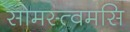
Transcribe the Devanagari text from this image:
सोमस्त्वमसि